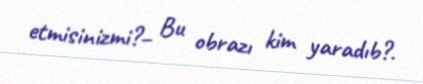
etmisinizmi?– Bu obrazı kim yaradıb?.